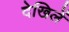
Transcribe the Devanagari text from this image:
देखिलें